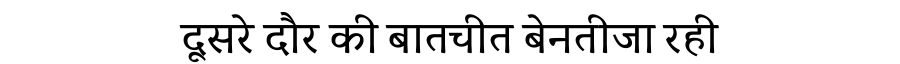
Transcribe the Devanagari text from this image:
दूसरे दौर की बातचीत बेनतीजा रही